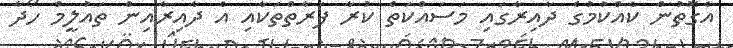
އެގޮތުން ކެއްކުމުގެ ދާއިރާގައި މަސައްކަތް ކުރާ ފަރާތްތަކާއި އެ ދާއިރާއިން ތައުލީމް ހޯދާ